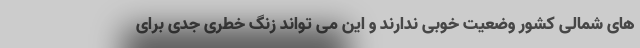
های شمالی کشور وضعیت خوبی ندارند و این می تواند زنگ خطری جدی برای